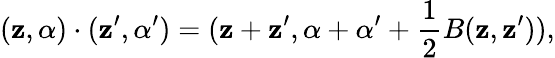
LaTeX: (\mathbf{z},\alpha)\cdot(\mathbf{z}^{\prime},\alpha^{\prime})=(\mathbf{z}+\mathbf{z}^{\prime},\alpha+\alpha^{\prime}+\frac{1}{2}B(\mathbf{z},\mathbf{z}^{\prime})),